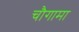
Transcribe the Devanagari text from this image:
चौगामा